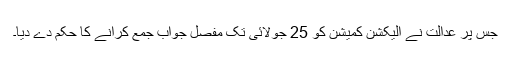
جس پر عدالت نے الیکشن کمیشن کو 25 جولائی تک مفصل جواب جمع کرانے کا حکم دے دیا۔